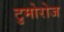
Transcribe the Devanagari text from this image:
टुमोरोज